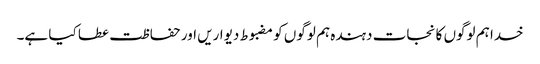
خدا ہم لوگوں کا نجات دہندہ ہم لوگوں کو مضبوط دیواریں اور حفاظت عطا کیا ہے۔